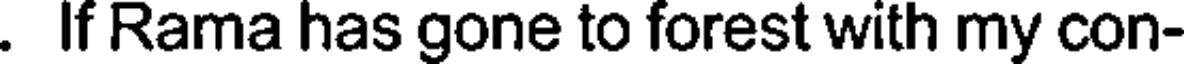
. If Rama has gone to forest with my con-